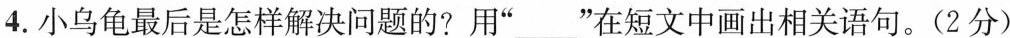
4.小乌龟最后是怎样解决问题的?用”___”在短文中画出相关语句。(2分)